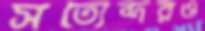
সত্যেন্দরও